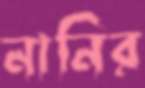
নানির